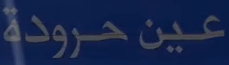
عين-حرودة